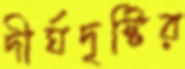
দীর্ঘদৃষ্টির